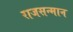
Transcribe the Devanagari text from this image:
राजसन्मान